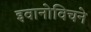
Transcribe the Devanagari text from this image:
इवानोविचने